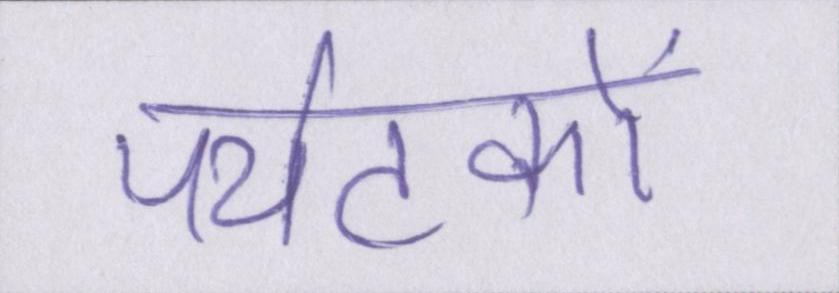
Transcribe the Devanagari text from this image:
पर्यटकों